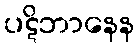
ပဋိဘာနေန